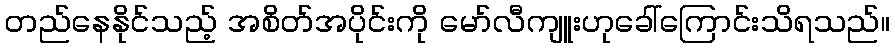
တည်နေနိုင်သည့် အစိတ်အပိုင်းကို မော်လီကျူးဟုခေါ်ကြောင်းသိရသည်။